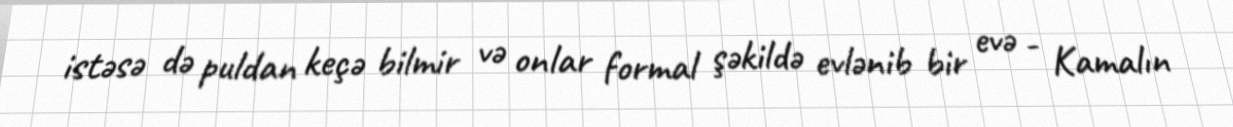
istəsə də puldan keçə bilmir və onlar formal şəkildə evlənib bir evə - Kamalın